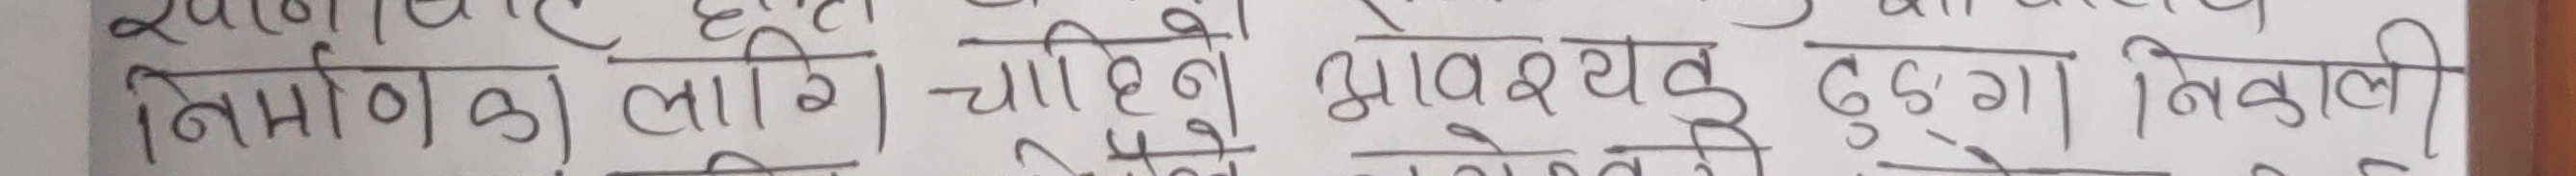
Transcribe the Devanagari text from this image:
निर्माण का लागि चाहिने आवश्यक हुगा || निकालि